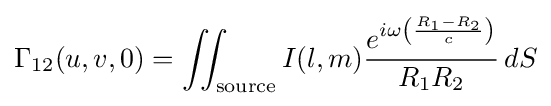
\Gamma _{12}(u,v,0)=\iint _{\textrm {source}}I(l,m){\frac {e^{i\omega \left({\frac {R_{1}-R_{2}}{c}}\right)}}{R_{1}R_{2}}}\,dS